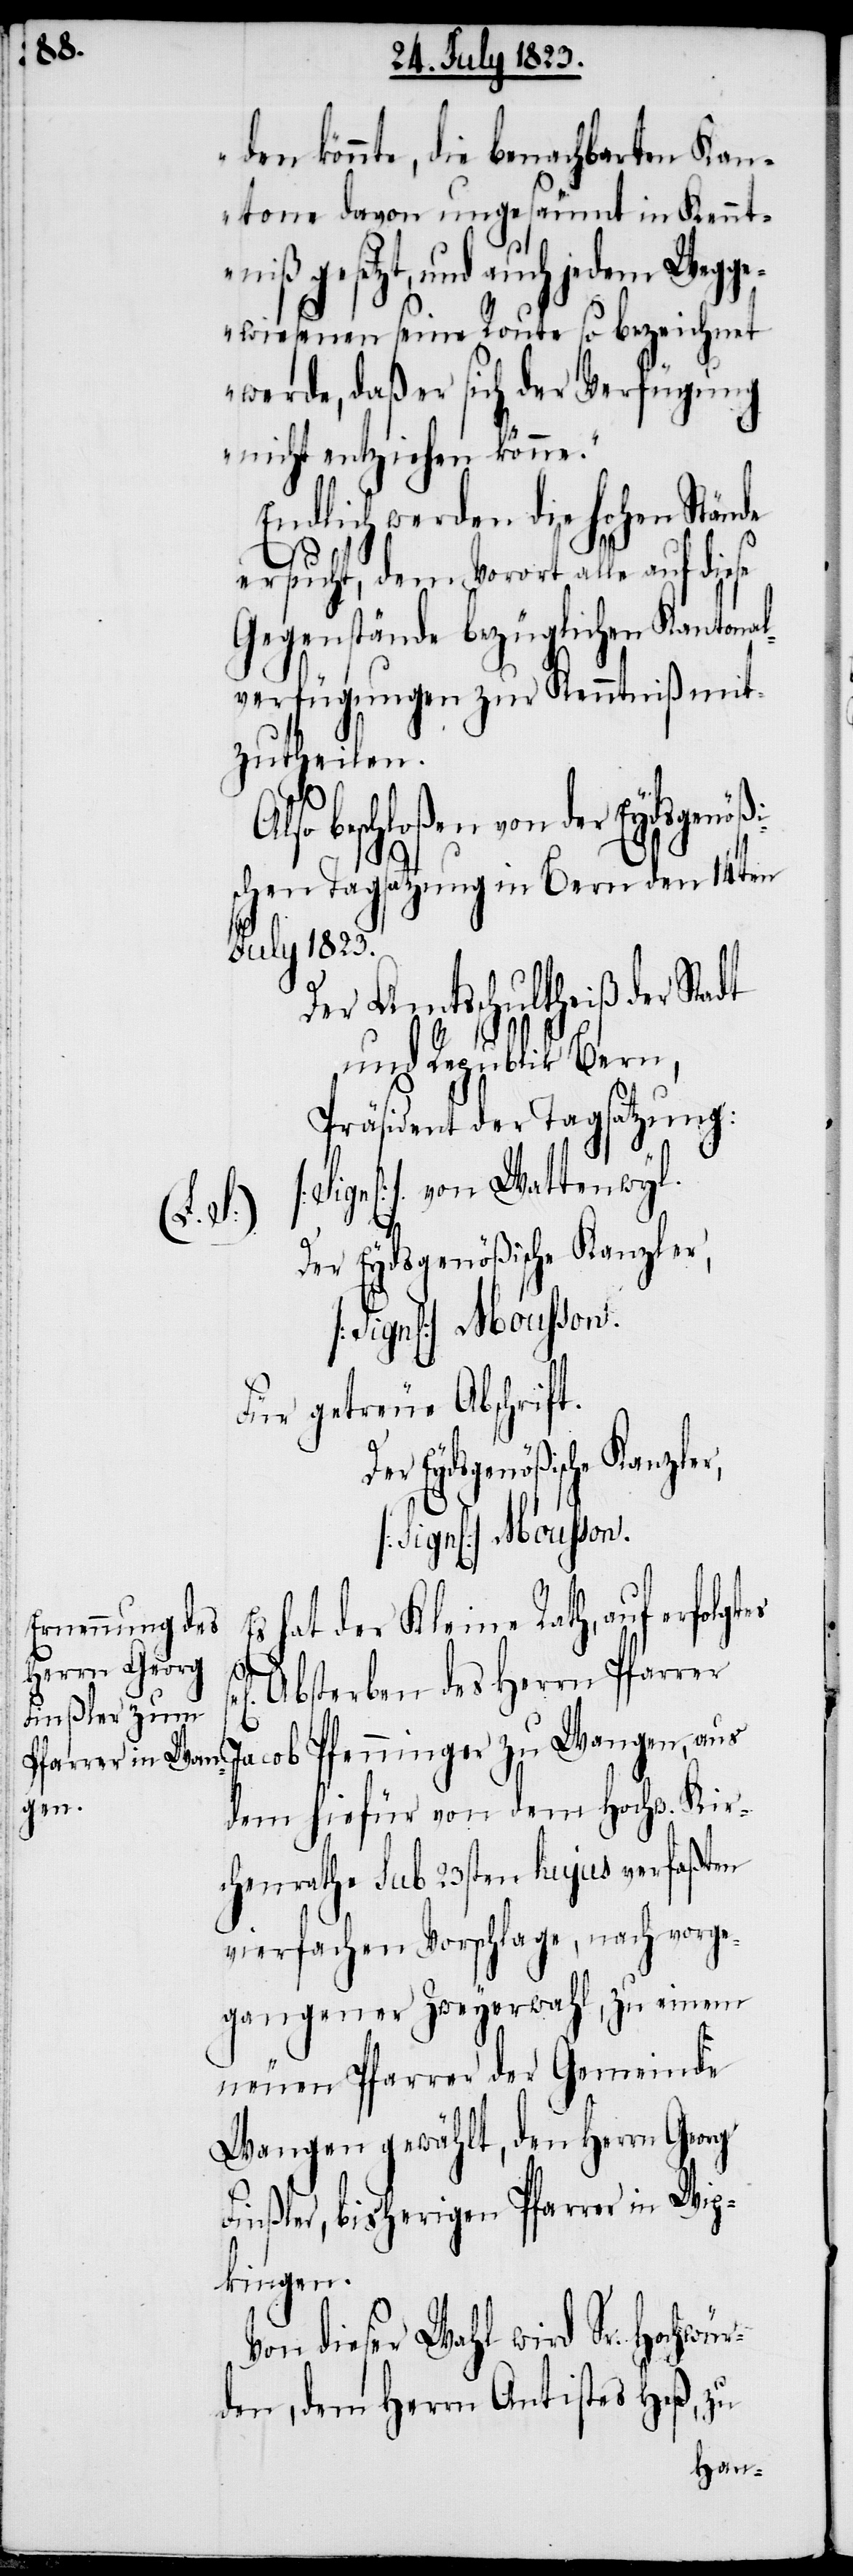
des
sel[iges] Absterben
hat der Kleine Rath, auf erfol¬
gtes
Pfarrer Jacob Pfenninger zu Wangen, aus
dem hiefür von dem Hochw. Kir¬
chenrathe sub 23sten hujus verfaßten
vierfachen Vorschlage, nach vorge¬
gangener Zweyerwahl, zu einem
neuen Pfarrer der Gemeinde
Wangen gewählt, den Herrn Georg
Finßler, bisherigen Pfarrer in Wip¬
kingen.
Von dieser Wahl wird Sr. Hochwür¬
den, dem Herrn Antistes Heß, zu